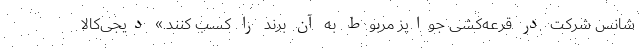
شانس شرکت در قرعه‌کشی جوایز مربوط به آن برند را کسب کنند.» دیجی‌کالا